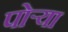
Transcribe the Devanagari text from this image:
पोऱ्या